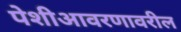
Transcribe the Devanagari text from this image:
पेशीआवरणावरील